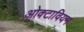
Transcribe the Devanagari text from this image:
ओक्टावियन